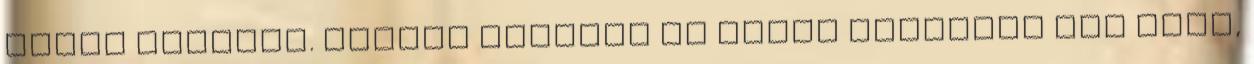
nincs szükség. Tandem partner és egyéb segítség nem volt,